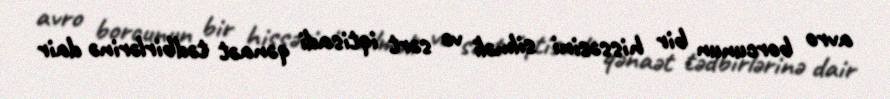
avro borcunun bir hissəsini silməli və sərt iqtisadi qənaət tədbirlərinə dair